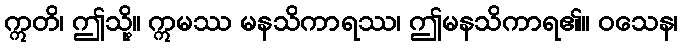
ဣတိ၊ ဤသို့။ ဣမဿ မနသိကာရဿ၊ ဤမနသိကာရ၏။ ဝသေန၊